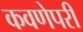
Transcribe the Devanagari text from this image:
कवणेपरी